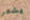
يشعر